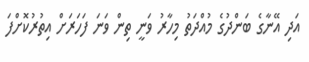
އަދި އޭނާގެ ބަންދުގެ މުއްދަތު މިހާރު ވަނީ ތިން ވަނަ ފަހަރަށް އިތުރުކޮށްފަ